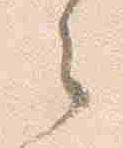
之